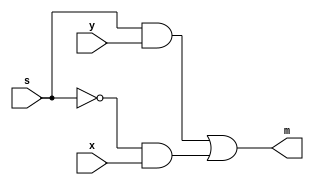
module Mux_2to1_1bit (m,s,x,y);
input s,x,y;
output m;
	assign m = (s & y) | (~s & x);
endmodule